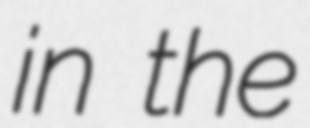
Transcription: in the